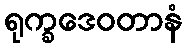
ရုက္ခဒေဝတာနံ